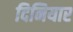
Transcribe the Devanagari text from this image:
दिनियार